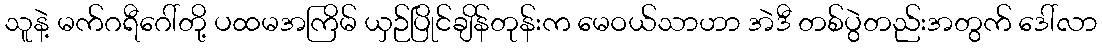
သူနဲ့ မက်ဂရီဂေါ်တို့ ပထမအကြိမ် ယှဉ်ပြိုင်ချိန်တုန်းက မေဝယ်သာဟာ အဲဒီ တစ်ပွဲတည်းအတွက် ဒေါ်လာ